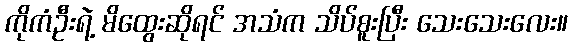
ကိုကံဦးရဲ့ မိထွေးဆိုရင် အသံက သိပ်စူးပြီး သေးသေးလေး။